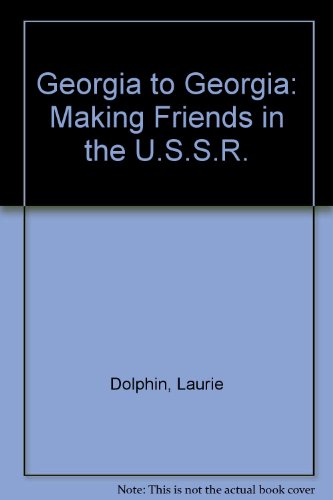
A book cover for Georgia to Georgia: Making Friends in the U.S.S.R.; Laurie Dolphin; Travel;